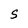
Character: S